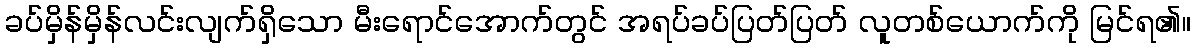
ခပ်မှိန်မှိန်လင်းလျက်ရှိသော မီးရောင်အောက်တွင် အရပ်ခပ်ပြတ်ပြတ် လူတစ်ယောက်ကို မြင်ရ၏။